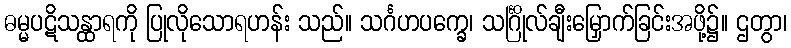
ဓမ္မပဋိသန္ထာရကို ပြုလိုသောရဟန်း သည်။ သင်္ဂဟပက္ခေ၊ သင်္ဂြိုလ်ချီးမြှောက်ခြင်းအဖို့၌။ ဌတွာ၊